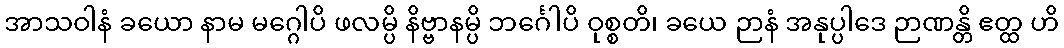
အာသဝါနံ ခယော နာမ မဂ္ဂေါပိ ဖလမ္ပိ နိဗ္ဗာနမ္ပိ ဘင်္ဂေါပိ ဝုစ္စတိ၊ ခယေ ဉာနံ အနုပ္ပါဒေ ဉာဏန္တိ ဧတ္ထ ဟိ